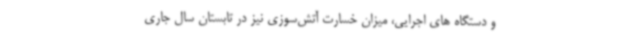
‌و دستگاه های اجرایی، میزان خسارت آتش‌سوزی نیز در تابستان سال جاری